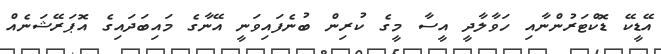
އޭޑީކޭ ޑޮކްޓަރުންނާއި ހަވާލާދީ އީސާ މީގެ ކުރިން ބުނެފައިވަނީ އޭނާގެ މައިބަދައިގެ އޮޕަރޭޝަނެއް